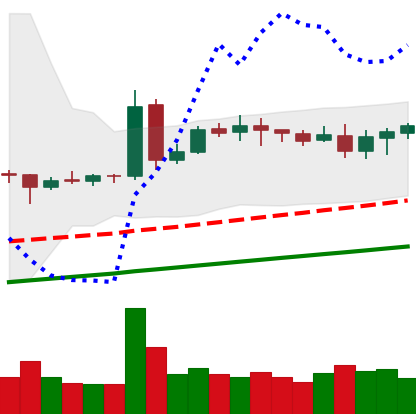
Ticker: DOGE-USD
Chart end date: 2020-08-14
Forward return: -3.847%
Label: down_3_5